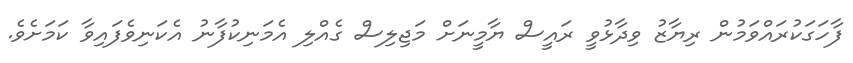
ފާހަގަކުރައްވަމުން ރިޔާޒު ވިދާޅުވީ ރައީސް ޔާމީނަށް މަޖިލިސް ގެއްލި އެމަނިކުފާނު އެކަނިވެފައިވާ ކަމަށެވެ.